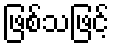
ဖြစ်သဖြင့်